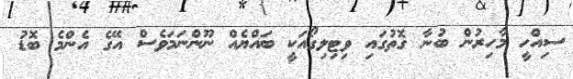
ސިއްހީ މާހިރުން ބުނާ ގޮތުގައި ވިޓިލިގޯއަކީ ބައްޔެއް ނޫންނަމަވެސް އޭގެ އެންމެ ބޮޑު